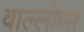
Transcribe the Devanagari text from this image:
वाल्लोप्स